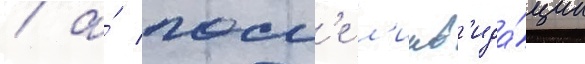
/ а́ посл'е л'икв'ида́ции